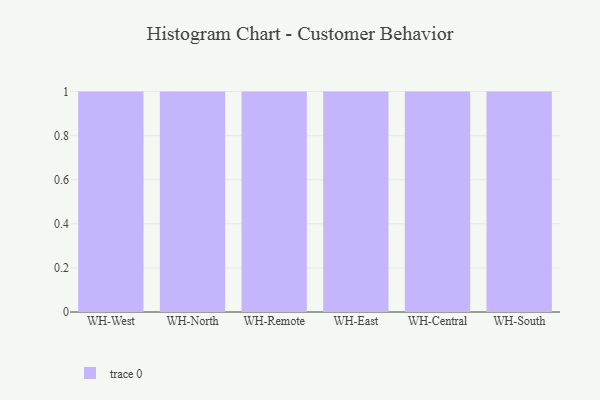
{"axis": {"x": "Warehouse", "y": "Operating Costs (USD K)"}, "legend": [""], "data": [{"x": "WH-West", "y": 34, "type": ""}, {"x": "WH-North", "y": 17, "type": ""}, {"x": "WH-Remote", "y": 41, "type": ""}, {"x": "WH-East", "y": 95, "type": ""}, {"x": "WH-Central", "y": 60, "type": ""}, {"x": "WH-South", "y": 73, "type": ""}]}